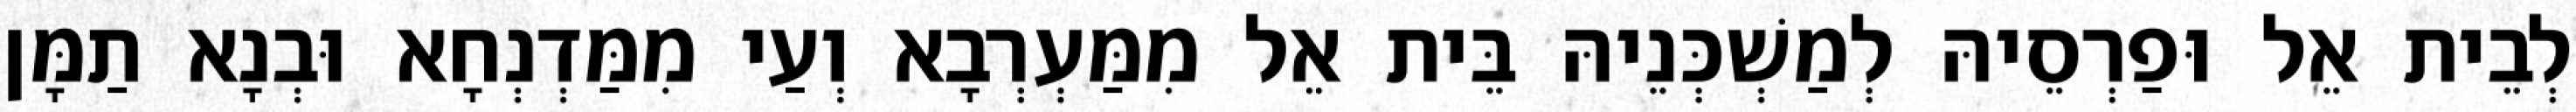
לְבֵית אֵל וּפַרְסֵיהּ לְמַשְׁכְּנֵיהּ בֵּית אֵל מִמַּעְרְבָא וְעַי מִמַּדְנְחָא וּבְנָא תַמָּן